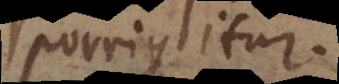
porrigitur.